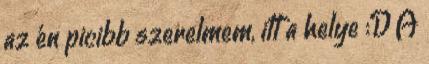
az én picibb szerelmem, itt a helye :D A